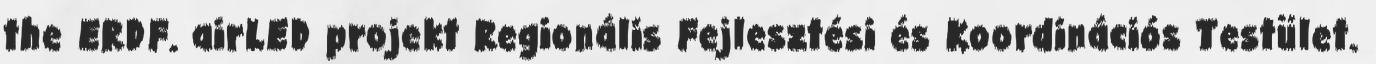
the ERDF. airLED projekt Regionális Fejlesztési és Koordinációs Testület.